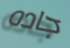
جاده